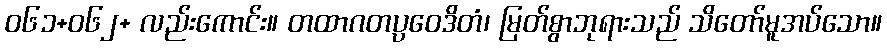
ဝ၆၁+၀၆၂+ လည်းကောင်း။ တထာဂတပ္ပဝေဒိတံ၊ မြတ်စွာဘုရားသည် သိတော်မူအပ်သော။